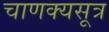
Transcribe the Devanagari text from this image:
चाणक्यसूत्र